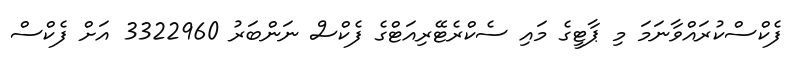
ފެކްސްކުރައްވާނަމަ މި ޕާޓީގެ މައި ސެކްރެޓޭރިއަޓްގެ ފެކްސް ނަންބަރު 3322960 އަށް ފެކްސް